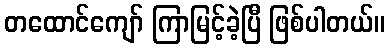
တထောင်ကျော် ကြာမြင့်ခဲ့ပြီ ဖြစ်ပါတယ်။